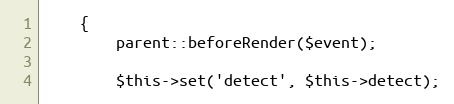
Language: PHP
    {
        parent::beforeRender($event);

        $this->set('detect', $this->detect);